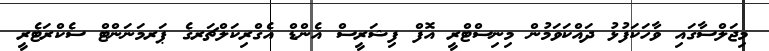
މިޖަލްސާގައި ވާހަކަފުޅު ދައްކަވަމުން މިނިސްޓްރީ އޮފް ފިޝަރީސް އެންޑް އެގްރިކަލްޗަރގެ ޕަރމަނަންޓް ސެކްރަޓެރީ